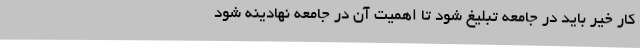
کار خیر باید در جامعه تبلیغ شود تا اهمیت آن در جامعه نهادینه شود